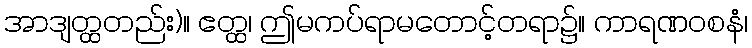
အာဒျတ္ထတည်း)။ ဧတ္ထ၊ ဤမကပ်ရာမတောင့်တရာ၌။ ကာရဏဝစနံ၊